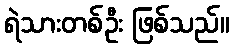
ရဲသားတစ်ဦး ဖြစ်သည်။